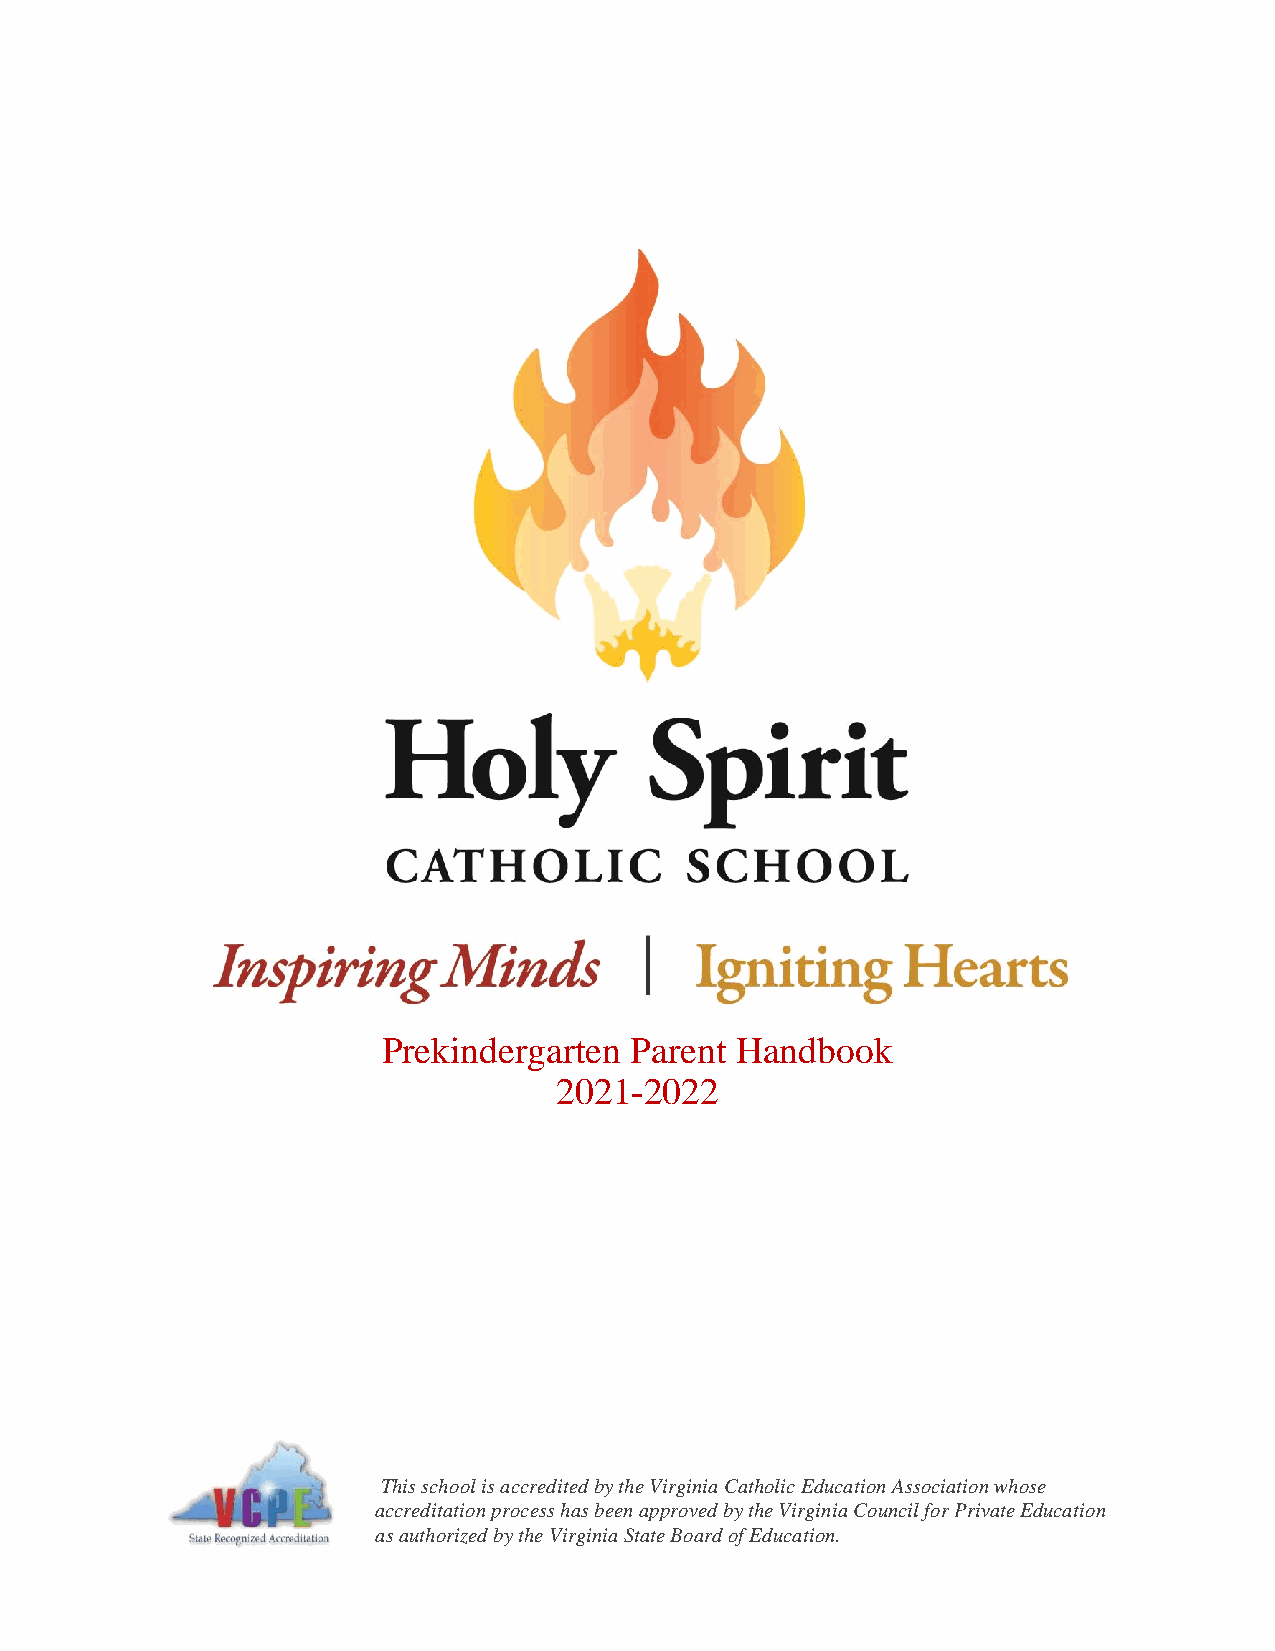
Prekindergarten  Parent Handbook
 2021-2022
 This school is accredited by the Virginia Catholic Education Association whose
 accreditation process has been approved by the Virginia Council for Private Education
 as authorized by the Virginia State Board of Education.